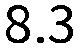
8.3